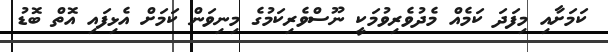
ކަމަށާއި މިފަދަ ކަމެއް މެދުވެރިވުމަކީ ނޫސްވެރިކަމުގެ މިނިވަން ކަމަށް އެޅިފައި އޮތް ބޮޑު